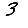
Digit: 3